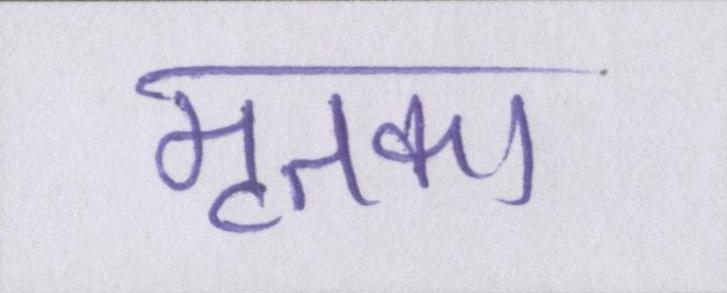
मृतका